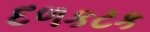
દળકટક